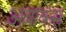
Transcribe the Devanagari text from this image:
अबाकस